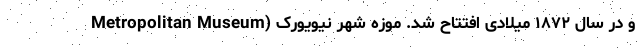
و در سال ۱۸۷۲ میلادی افتتاح شد. موزه شهر نیویورک (Metropolitan Museum